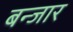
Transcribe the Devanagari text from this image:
बन्जार